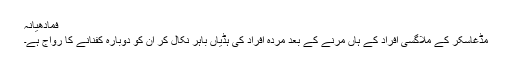
فمادھیانہ
مڈغاسکر کے ملاگسی افراد کے ہاں مرنے کے بعد مردہ افراد کی ہڈیاں باہر نکال کر ان کو دوبارہ کفنانے کا رواج ہے۔